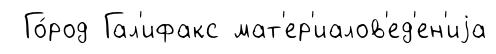
Го́род Гал'ифакс мат'ер'иалов'ед'ен'иjа